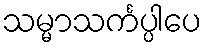
သမ္မာသင်္ကပ္ပါပေ